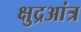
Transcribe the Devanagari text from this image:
क्षुद्रआंत्र